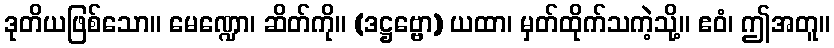
ဒုတိယဖြစ်သော။ မေဏ္ဍော၊ ဆိတ်ကို။ (ဒဋ္ဌဗ္ဗော) ယထာ၊ မှတ်ထိုက်သကဲ့သို့။ ဧဝံ၊ ဤအတူ။